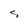
Character: S